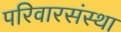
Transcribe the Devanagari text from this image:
परिवारसंस्था